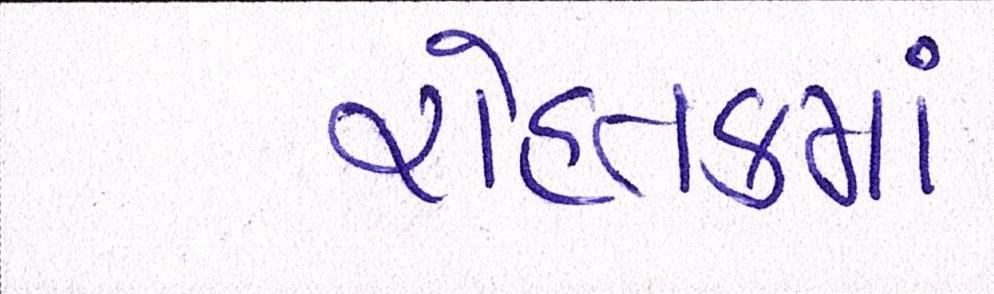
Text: રોહતકમાં